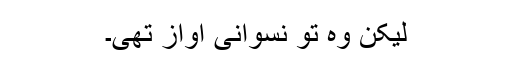
لیکن وہ تو نسوانی آواز تھی۔